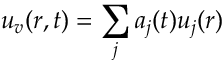
\boldsymbol { u } _ { \boldsymbol { v } } ( \boldsymbol { r } , t ) = \sum _ { j } { a _ { j } ( t ) \boldsymbol { u } _ { j } ( \boldsymbol { r } ) }